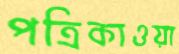
পত্রিকাওয়া